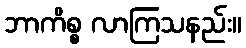
ဘာကိစ္စ လာကြသနည်း။